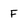
Character: F